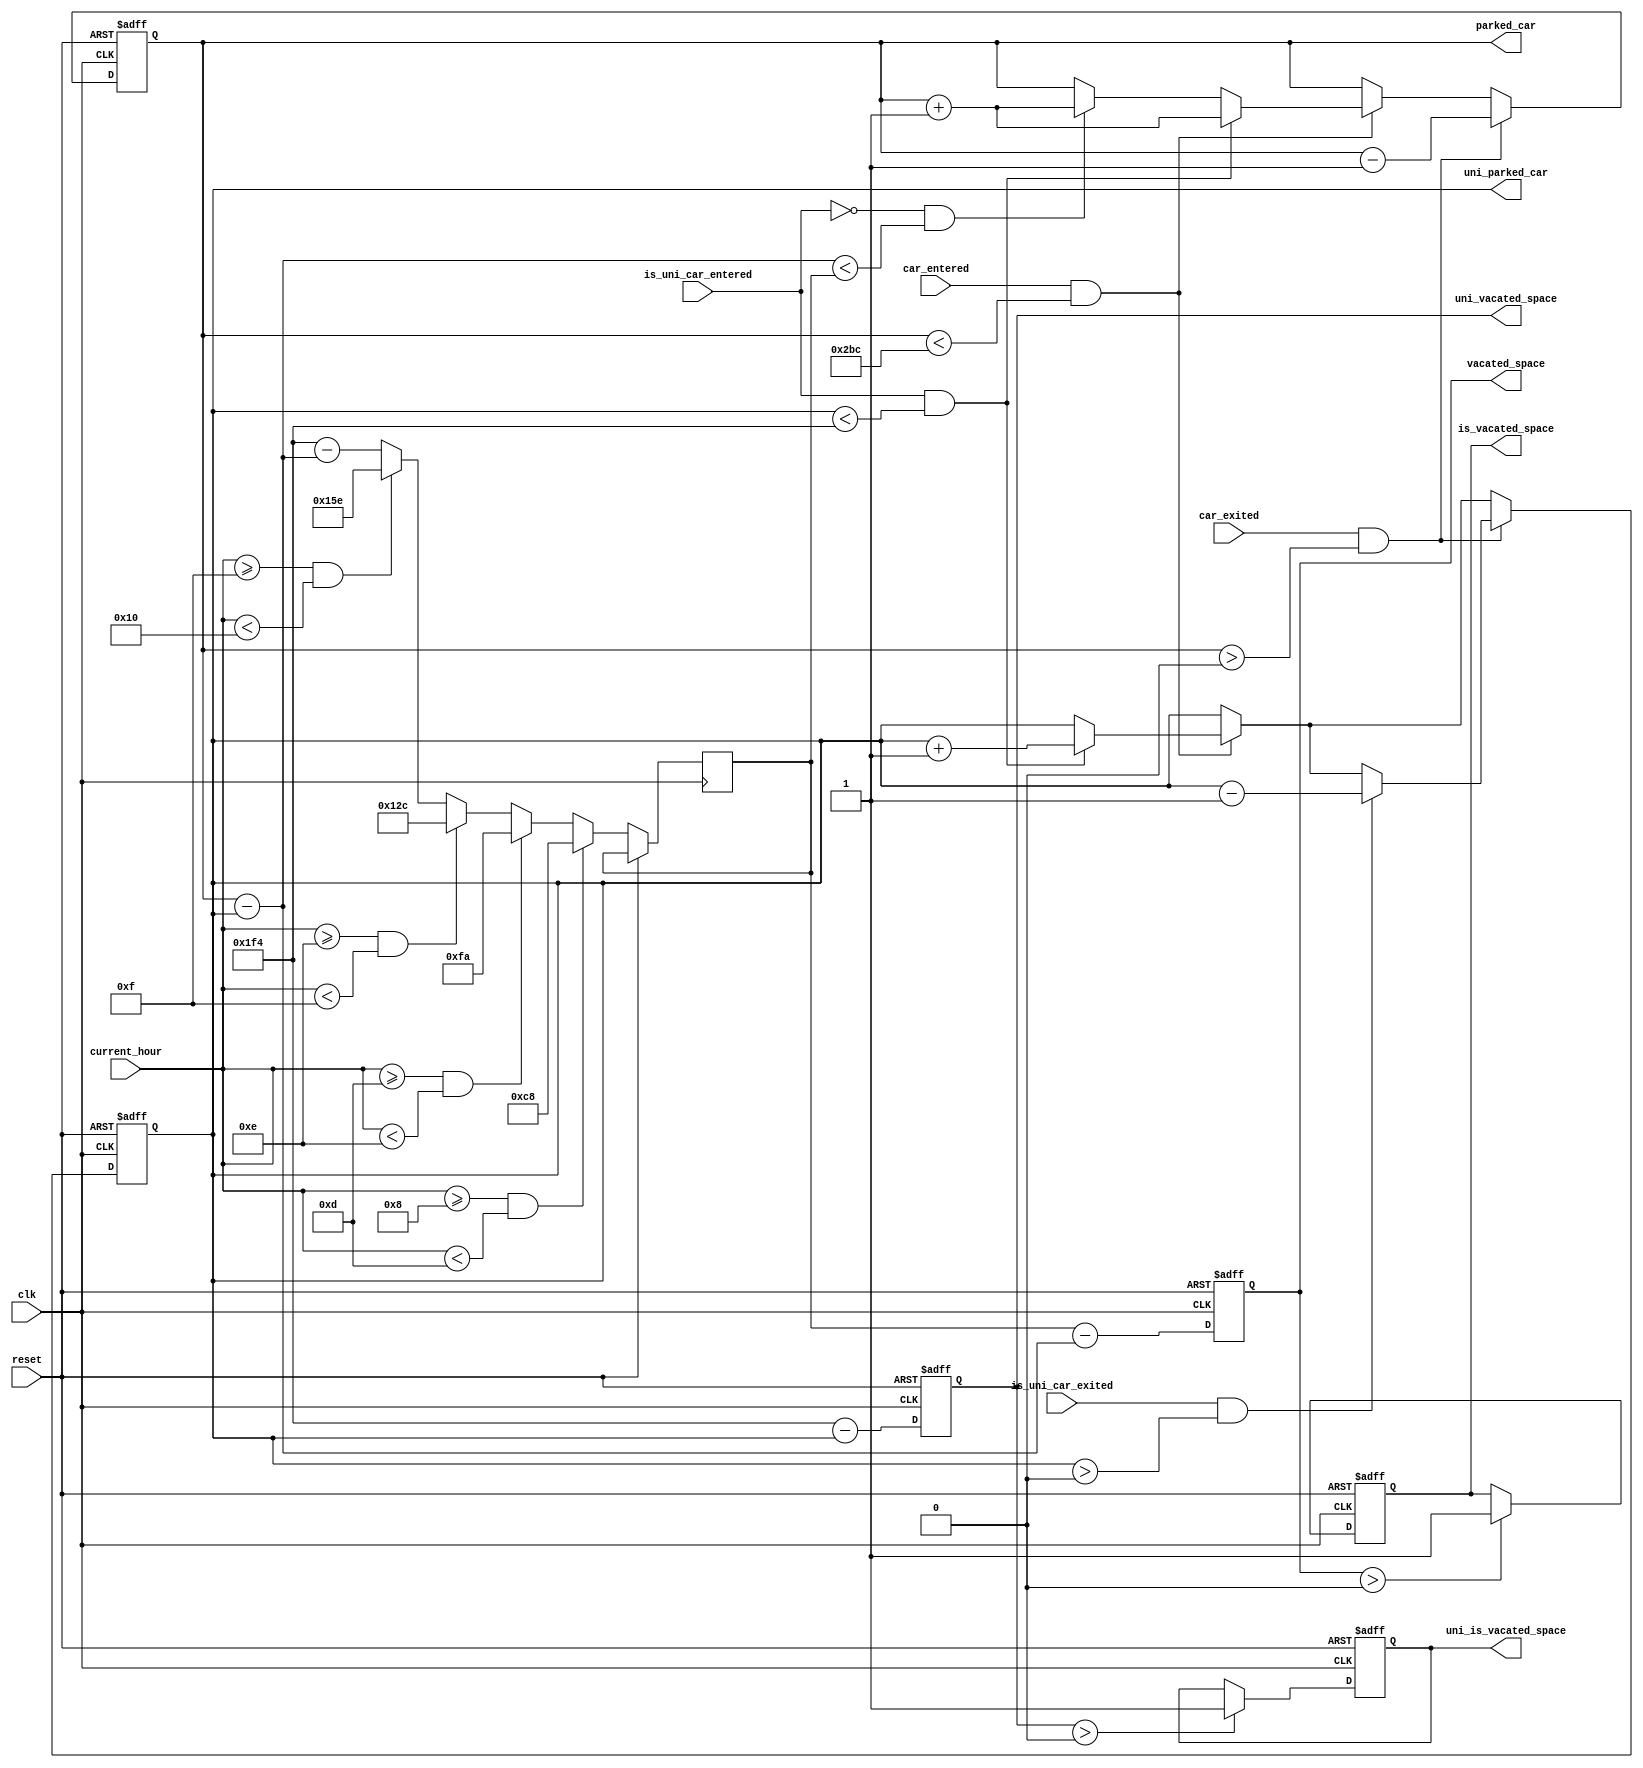
module parking_management (
    input wire clk,
    input wire reset,
    input wire [7:0] current_hour,
    input wire car_entered,
    input wire is_uni_car_entered,
    input wire car_exited,
    input wire is_uni_car_exited,
    output reg [9:0] uni_parked_car,
    output reg [9:0] parked_car,
    output reg [9:0] uni_vacated_space,
    output reg [9:0] vacated_space,
    output reg uni_is_vacated_space,
    output reg is_vacated_space
);

parameter TOTAL_SPOTS = 700;
parameter UNI_SPOTS = 500;
reg [9:0] general_available_spots;

always @(posedge clk or posedge reset) begin
    if (reset) begin
        uni_parked_car <= 0;
        parked_car <= 0;
        uni_vacated_space <= 0;
        vacated_space <= 0;
        uni_is_vacated_space <= 0;
        is_vacated_space <= 0;
    end else begin
        if (current_hour >= 8 && current_hour < 13) begin
            general_available_spots <= 200;
        end else if (current_hour >= 13 && current_hour < 14) begin
            general_available_spots <= 250;
        end else if (current_hour >= 14 && current_hour < 15) begin
            general_available_spots <= 300;
        end else if (current_hour >= 15 && current_hour < 16) begin
            general_available_spots <= 350;
        end else begin
            general_available_spots <= 500 - (parked_car - uni_parked_car);
        end

        if (car_entered && (parked_car < TOTAL_SPOTS)) begin
            if (is_uni_car_entered && (uni_parked_car < UNI_SPOTS)) begin
                uni_parked_car <= uni_parked_car + 1;
                parked_car <= parked_car + 1;
            end else if (!is_uni_car_entered && (parked_car - uni_parked_car < general_available_spots)) begin
                parked_car <= parked_car + 1;
            end
        end

        if (car_exited && (parked_car > 0)) begin
            parked_car <= parked_car - 1;
            if (is_uni_car_exited && (uni_parked_car > 0)) begin
                uni_parked_car <= uni_parked_car - 1;
            end
        end

		vacated_space <= general_available_spots - (parked_car - uni_parked_car);
		uni_vacated_space <= UNI_SPOTS - uni_parked_car;
		if(vacated_space > 0) begin
			is_vacated_space <= 1;
		end
		if(uni_vacated_space > 0) begin
			uni_is_vacated_space <= 1;
		end
    end
end

endmodule